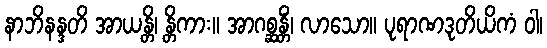
နာဘိနန္ဒတိ အာယန္တိ၊ န္တိကား။ အာဂစ္ဆန္တိံ၊ လာသော။ ပုရာဏဒုတိယိကံ ဝါ၊